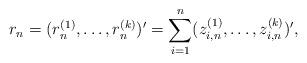
LaTeX: \begin{align*}r_n = (r^{(1)}_n, \hdots, r^{(k)}_n)' = \sum_{i = 1}^n (z^{(1)}_{i,n}, \hdots, z^{(k)}_{i,n})',\end{align*}